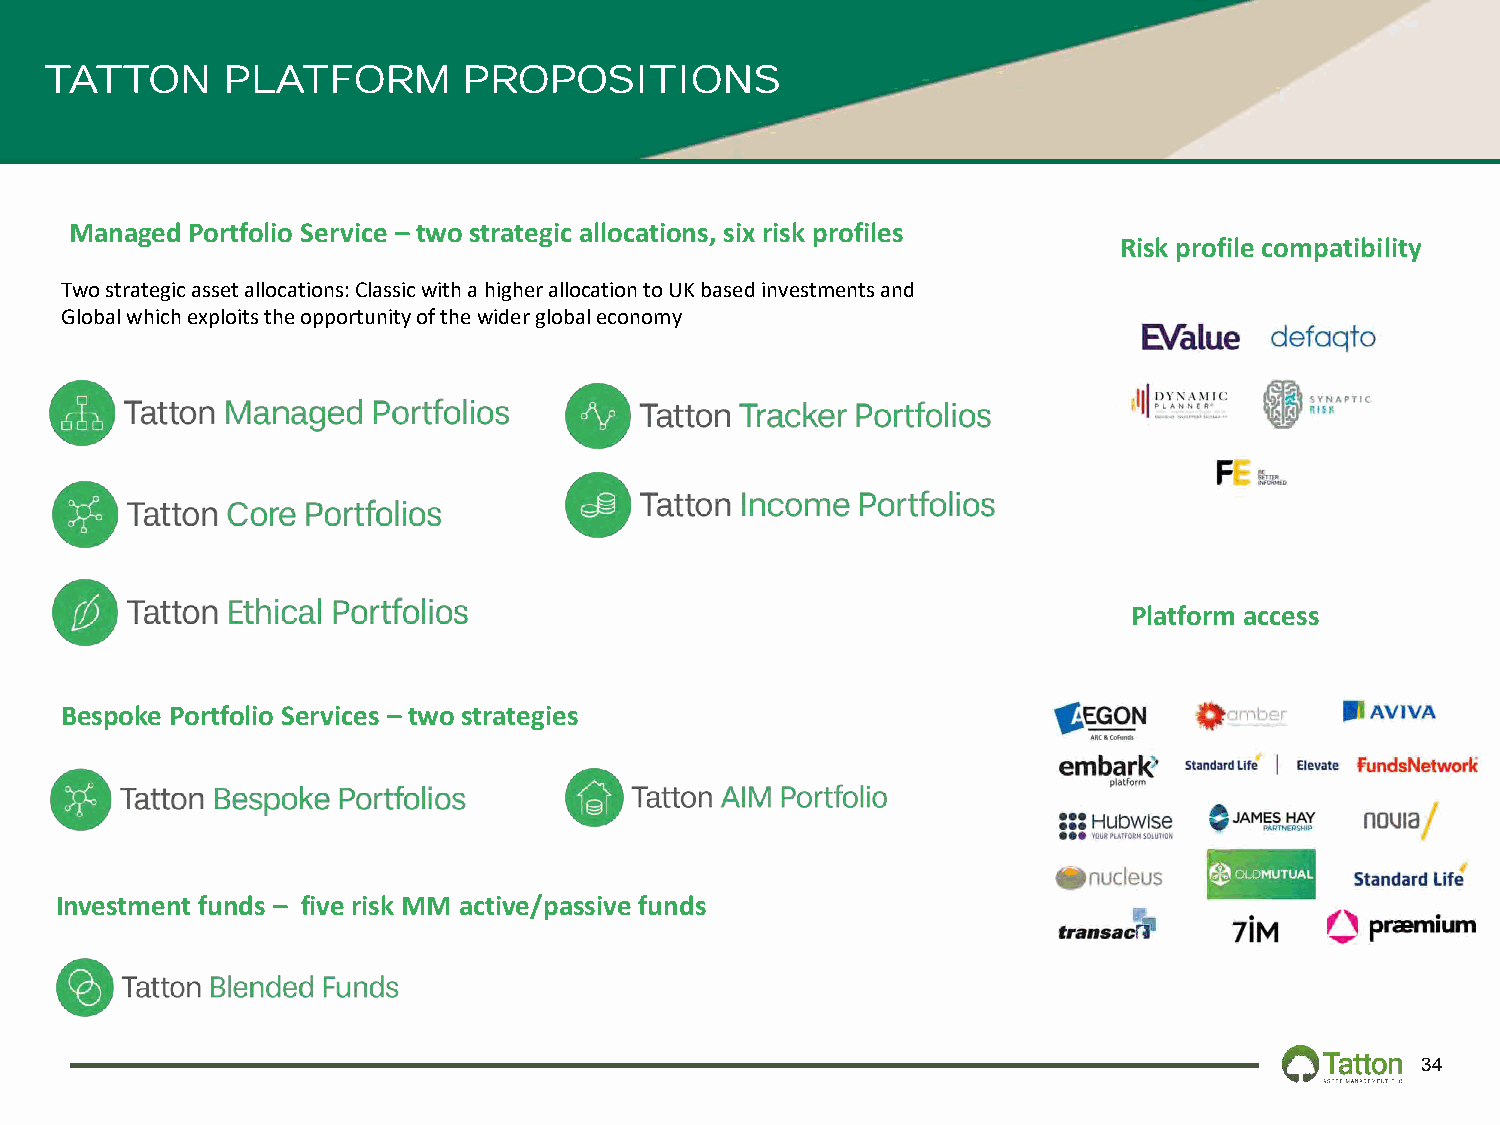
TATTON      PLATFORM        PROPOSITIONS
 Managed Portfolio Service – two strategic allocations, six risk profiles
 Risk profile compatibility
 Two strategic asset allocations: Classic with a higher allocation to UK based investments and
 Global which exploits the opportunity of the wider global economy
 Platform access
 Bespoke Portfolio Services – two strategies
 Investment funds – five risk MM active/passive funds
 34